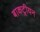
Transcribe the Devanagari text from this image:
बाकट्रीयन